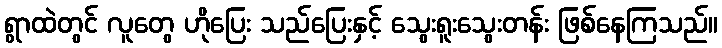
ရွာထဲတွင် လူတွေ ဟိုပြေး သည်ပြေးနှင့် သွေးရူးသွေးတန်း ဖြစ်နေကြသည်။